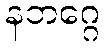
နဘဂ္ဂေ